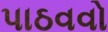
પાઠવવો